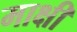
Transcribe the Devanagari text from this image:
माक्षी